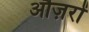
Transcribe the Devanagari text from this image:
औज़रों